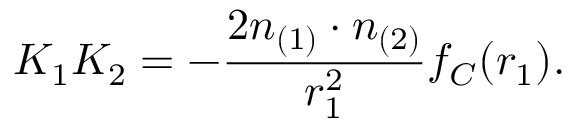
K _ { 1 } K _ { 2 } = - \frac { 2 n _ { ( 1 ) } \cdot n _ { ( 2 ) } } { r _ { 1 } ^ { 2 } } f _ { C } ( r _ { 1 } ) .